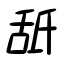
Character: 舐